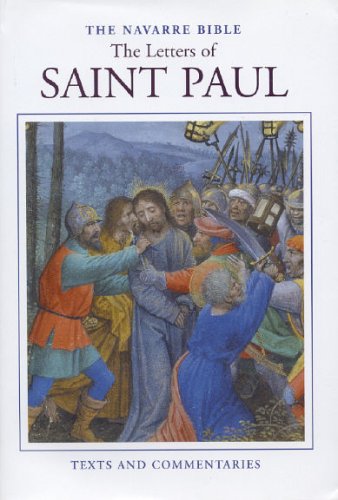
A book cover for The Navarre Bible: The Letters of Saint Paul (The Navarre Bible: New Testament); University of Navarre; Christian Books & Bibles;